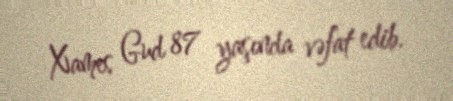
Xames Gud 87 yaşında vəfat edib.